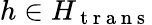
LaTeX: h\in H_{\mathrm{~t~r~a~n~s~}}